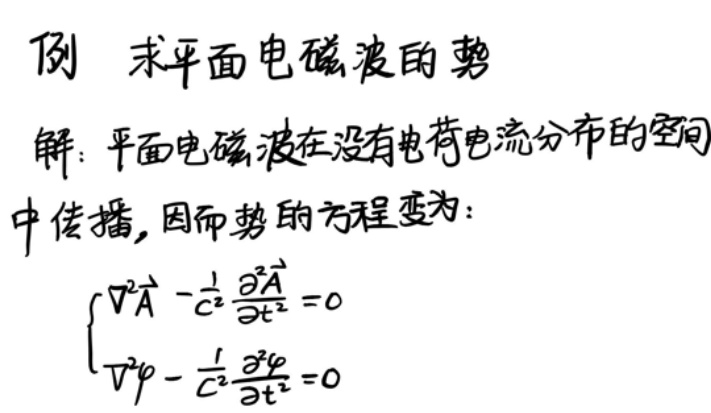

例 求平面电磁波的势
解：平面电磁波在没有电荷电流分布的空间中传播，因而势的方程变为：
\left\{
\begin{array}{l}
\nabla^{2} \vec{A}-\frac{1}{c^{2}}\frac{\partial^{2} \vec{A}}{\partial t^{2}} = 0
\nabla^{2} \varphi-\frac{1}{c^{2}}\frac{\partial^{2} \varphi}{\partial t^{2}} = 0
\end{array}
\right.